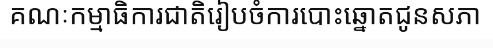
គណៈកម្មាធិការជាតិរៀបចំការបោះឆ្នោតជូនសភា